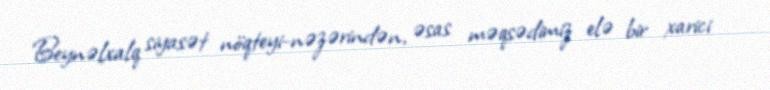
Beynəlxalq siyasət nöqteyi-nəzərindən, əsas məqsədimiz elə bir xarici